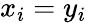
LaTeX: x_{i}=y_{i}